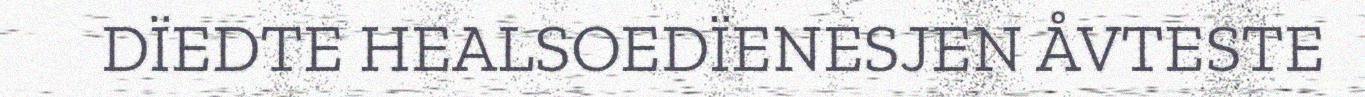
DÏEDTE HEALSOEDÏENESJEN ÅVTESTE